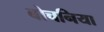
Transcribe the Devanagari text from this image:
बोचनिया